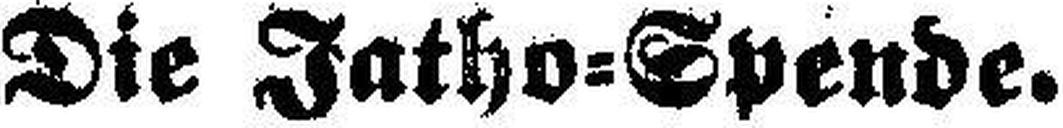
Die Jatho=Spende.